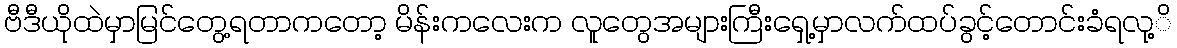
ဗီဒီယိုထဲမှာမြင်တွေ့ရတာကတော့ မိန်းကလေးက လူတွေအများကြီးရှေ့မှာလက်ထပ်ခွင့်တောင်းခံရလု့ိ